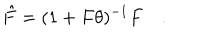
\hat { F } = ( 1 + F \theta ) ^ { - 1 } F \quad .